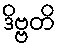
ဒိဗ္ဗတိ